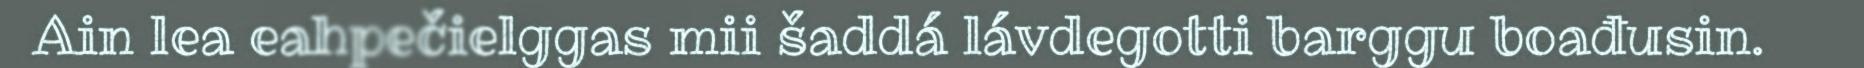
Ain lea eahpečielggas mii šaddá lávdegotti barggu boađusin.